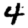
Digit: 4